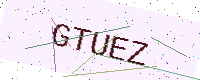
Text: GTUEZ